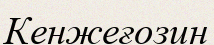
Кенжеғозин